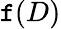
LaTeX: \mathtt{f}(D)